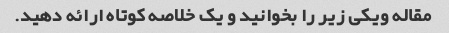
مقاله ویکی زیر را بخوانید و یک خلاصه کوتاه ارائه دهید.